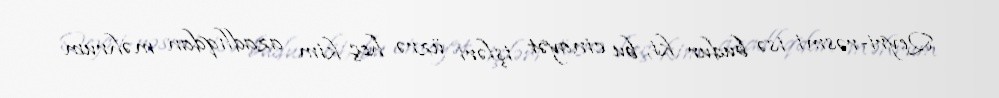
Qeyri-rəsmi isə budur ki, bu cinayət işləri üzrə heç kim azadlıqdan məhrum